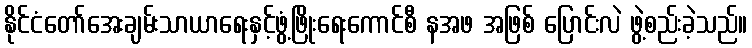
နိုင်ငံတော်အေးချမ်းသာယာရေးနှင့်ဖွံ့ဖြိုးရေးကောင်စီ နအဖ အဖြစ် ပြောင်းလဲ ဖွဲ့စည်းခဲ့သည်။